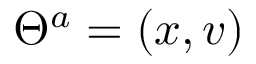
\Theta ^ { a } = ( x , v )